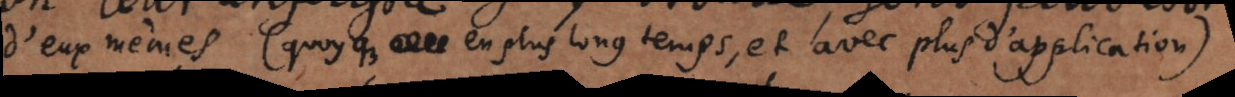
d’eux mesme (quoyque en plus long temps, et avec plus d’application)